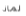
لماذا